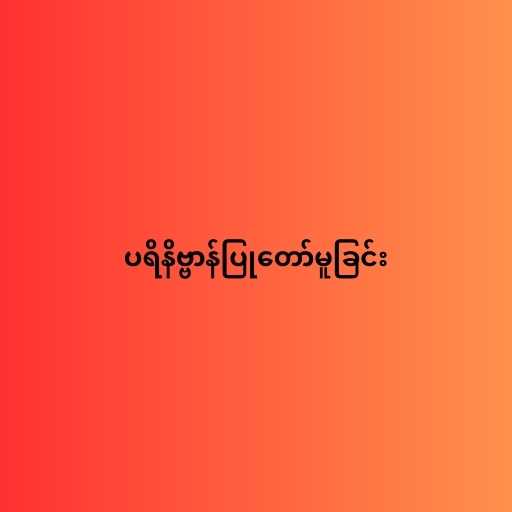
ပရိနိဗ္ဗာန်ပြုတော်မူခြင်း